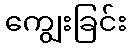
ကျွေးခြင်း